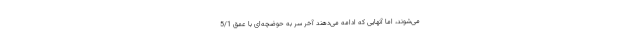
می‌شوند، اما آنهایی که ادامه می‌دهند آخر سر به حوضچه‌ای با عمق 5/1